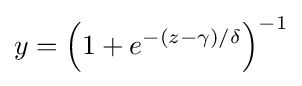
y={\left(1+{e}^{-\left(z-\gamma \right)/\delta }\right)}^{-1}